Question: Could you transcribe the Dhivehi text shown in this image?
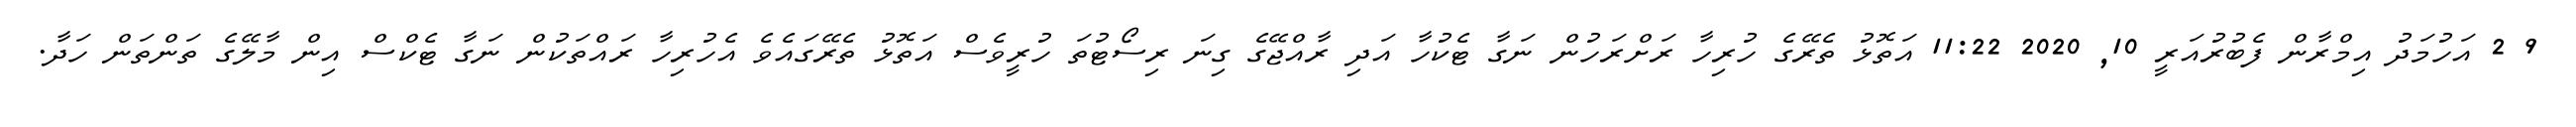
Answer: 9 2 އަހުމަދު އިމްރާން ފެބުރުއަރީ 10, 2020 11:22 އަތޮޅު ތެރޭގެ ހުރިހާ ރަށްރަހުން ނަގާ ޓެކުހާ އަދި ރާއްޖޭގެ ގިނަ ރިސޯޓުތަ ހުރީވެސް އަތޮޅު ތެރޭގައެވެ އެހުރިހާ ރައްތަކުން ނަގާ ޓެކްސް އިން މާލޭގެ ތަންތަން ހަދާ.